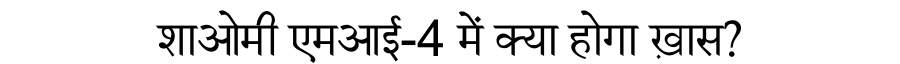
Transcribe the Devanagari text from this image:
शाओमी एमआई-4 में क्या होगा ख़ास?